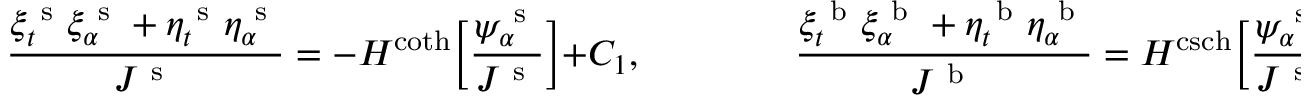
\frac { \xi _ { t } ^ { \mathrm { ~ s ~ } } \xi _ { \alpha } ^ { \mathrm { ~ s ~ } } + \eta _ { t } ^ { \mathrm { ~ s ~ } } \eta _ { \alpha } ^ { \mathrm { ~ s ~ } } } { J ^ { \mathrm { ~ s ~ } } } = - H ^ { \coth } \bigg [ \frac { \psi _ { \alpha } ^ { \mathrm { ~ s ~ } } } { J ^ { \mathrm { ~ s ~ } } } \bigg ] + C _ { 1 } , \qquad \qquad \frac { \xi _ { t } ^ { \mathrm { ~ b ~ } } \xi _ { \alpha } ^ { \mathrm { ~ b ~ } } + \eta _ { t } ^ { \mathrm { ~ b ~ } } \eta _ { \alpha } ^ { \mathrm { ~ b ~ } } } { J ^ { \mathrm { ~ b ~ } } } = H ^ { \operatorname { c s c h } } \bigg [ \frac { \psi _ { \alpha } ^ { \mathrm { ~ s ~ } } } { J ^ { \mathrm { ~ s ~ } } } \bigg ] + C _ { 1 } .